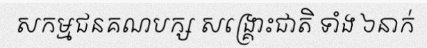
សកម្មជនគណបក្ស សង្គ្រោះជាតិ ទាំង ៦នាក់